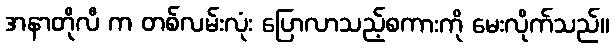
အနာတိုလီ က တစ်လမ်းလုံး ပြောလာသည့်စကားကို မေးလိုက်သည်။